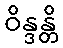
ဝိန္ဒန္တိ